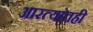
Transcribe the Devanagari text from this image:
आरत्यांतही